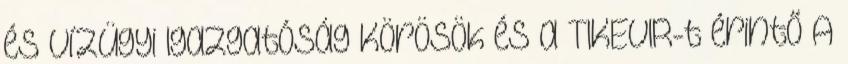
és Vízügyi Igazgatóság Körösök és a TIKEVIR-t érintő A